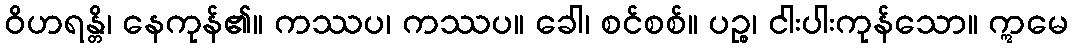
ဝိဟရန္တိ၊ နေကုန်၏။ ကဿပ၊ ကဿပ။ ခေါ၊ စင်စစ်။ ပဉ္စ၊ ငါးပါးကုန်သော။ ဣမေ